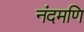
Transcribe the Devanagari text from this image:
नंदमणि